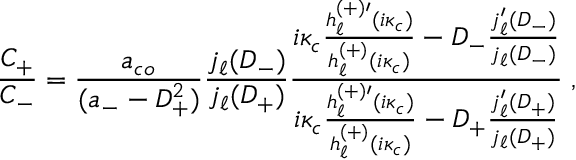
\frac { C _ { + } } { C _ { - } } = \frac { a _ { c o } } { ( a _ { - } - D _ { + } ^ { 2 } ) } \frac { j _ { \ell } ( D _ { - } ) } { j _ { \ell } ( D _ { + } ) } \frac { i \kappa _ { c } \frac { h _ { \ell } ^ { ( + ) \prime } ( i \kappa _ { c } ) } { h _ { \ell } ^ { ( + ) } ( i \kappa _ { c } ) } - D _ { - } \frac { j _ { \ell } ^ { \prime } ( D _ { - } ) } { j _ { \ell } ( D _ { - } ) } } { i \kappa _ { c } \frac { h _ { \ell } ^ { ( + ) \prime } ( i \kappa _ { c } ) } { h _ { \ell } ^ { ( + ) } ( i \kappa _ { c } ) } - D _ { + } \frac { j _ { \ell } ^ { \prime } ( D _ { + } ) } { j _ { \ell } ( D _ { + } ) } } \; ,